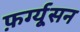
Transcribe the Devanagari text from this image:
फ़र्ग्यूसन